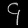
Digit: ၄